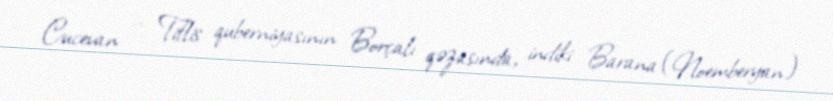
Cucevan — Tiflis quberniyasının Borçalı qəzasında, indiki Barana (Noemberyan)